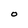
Character: O